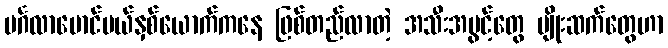
မင်္ဂလာမောင်မယ်နှစ်ယောက်ကနေ ဖြစ်တည်လာတဲ့ အသီးအပွင့်တွေ မျိုးဆက်တွေဟာ